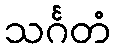
သင်္ဂတံ